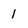
Character: 1